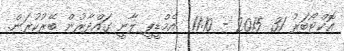
އޮކްޓޯބަރު 31